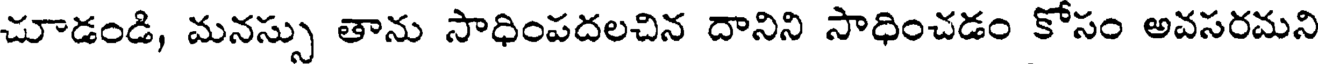
చూడండి, మనస్సు తాను సాధింపదలచిన దానిని సాధించడం కోసం అవసరమని